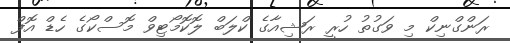
ރަންގްނިކް މި ވަގުތު ހުރީ ރަޝިއާގެ ކްލަބް ލޮކޮމޯޓިވް މޮސްކޯގެ ހެޑް އޮފް